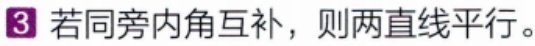
3 若同旁内角互补，则两直线平行。